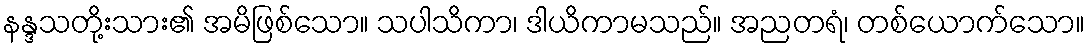
နန္ဒသတို့းသား၏ အမိဖြစ်သော။ သပါသိကာ၊ ဒါယိကာမသည်။ အညတရံ၊ တစ်ယောက်သော။